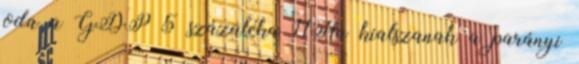
oda a GDP 5 százaléka 11Ha kialszanak a parányi